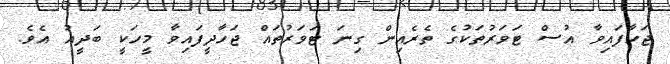
ޖަހާފައިވާ އުސް ޓަވަރުތަކުގެ ތެރެއިން ގިނަ ޓަވަރުތައް ޖަހާދީފައިވާ މީހަކީ ބަދީއު އެވެ.